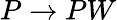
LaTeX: P\rightarrow PW